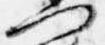
門